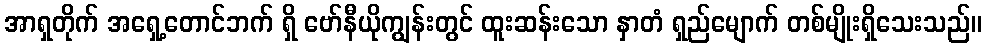
အာရှတိုက် အရှေ့တောင်ဘက် ရှိ ဗော်နီယိုကျွန်းတွင် ထူးဆန်းသော နှာတံ ရှည်မျောက် တစ်မျိုးရှိသေးသည်။